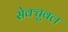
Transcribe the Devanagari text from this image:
सेक्चुवल